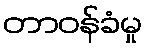
တာဝန်ခံမှု